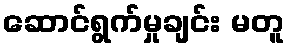
ဆောင်ရွက်မှုချင်း မတူ